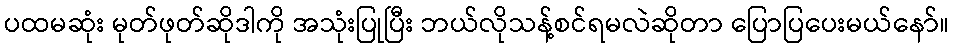
ပထမဆုံး မုတ်ဖုတ်ဆိုဒါကို အသုံးပြုပြီး ဘယ်လိုသန့်စင်ရမလဲဆိုတာ ပြောပြပေးမယ်နော်။